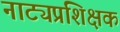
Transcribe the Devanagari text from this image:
नाट्यप्रशिक्षक